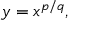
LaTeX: y = x ^ { p / q } ,